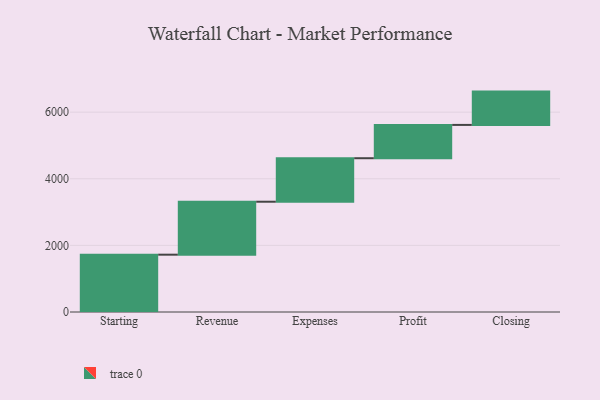
{"axis": {"x": "Step", "y": "Value"}, "legend": [""], "data": [{"x": "Starting", "y": 1721.0, "type": ""}, {"x": "Revenue", "y": 1590.0, "type": ""}, {"x": "Expenses", "y": 1306.0, "type": ""}, {"x": "Profit", "y": 1000, "type": ""}, {"x": "Closing", "y": 1000, "type": ""}]}